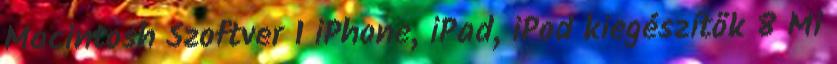
Macintosh Szoftver 1 iPhone, iPad, iPod kiegészítők 8 Mi